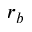
r _ { b }